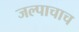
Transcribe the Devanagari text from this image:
जल्पाचाच